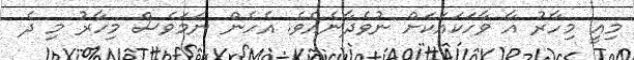
މިއީ މިހާރު އާ ވާހަކައަކަށް ނުވެދާނެއެވެ. އެހެން ނަަމަވެސް މިހާރު މި ދެ